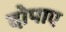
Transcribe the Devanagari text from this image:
दोपाए